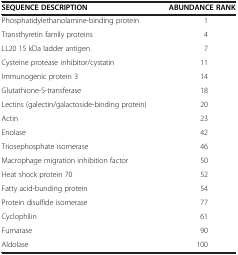
<table><thead><tr><td><b>SEQUENCE DESCRIPTION</b></td><td><b>ABUNDANCE RANK</b></td></tr></thead><tbody><tr><td>Phosphatidylethanolamine-binding protein</td><td>1</td></tr><tr><td>Transthyretin family proteins</td><td>4</td></tr><tr><td>LL20 15 kDa ladder antigen</td><td>7</td></tr><tr><td>Cysteine protease inhibitor/cystatin</td><td>11</td></tr><tr><td>Immunogenic protein 3</td><td>14</td></tr><tr><td>Glutathione-S-transferase</td><td>18</td></tr><tr><td>Lectins (galectin/galactoside-binding protein)</td><td>20</td></tr><tr><td>Actin</td><td>23</td></tr><tr><td>Enolase</td><td>42</td></tr><tr><td>Triosephosphate isomerase</td><td>46</td></tr><tr><td>Macrophage migration inhibition factor</td><td>50</td></tr><tr><td>Heat shock protein 70</td><td>52</td></tr><tr><td>Fatty acid-bunding protein</td><td>54</td></tr><tr><td>Protein disulfide isomerase</td><td>77</td></tr><tr><td>Cyclophilin</td><td>61</td></tr><tr><td>Fumarase</td><td>90</td></tr><tr><td>Aldolase</td><td>100</td></tr></tbody></table>